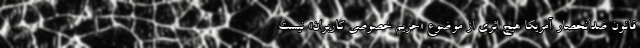
قانون ضدانحصار آمریکا هیچ اثری از موضوع «حریم خصوصی کاربران» نیست